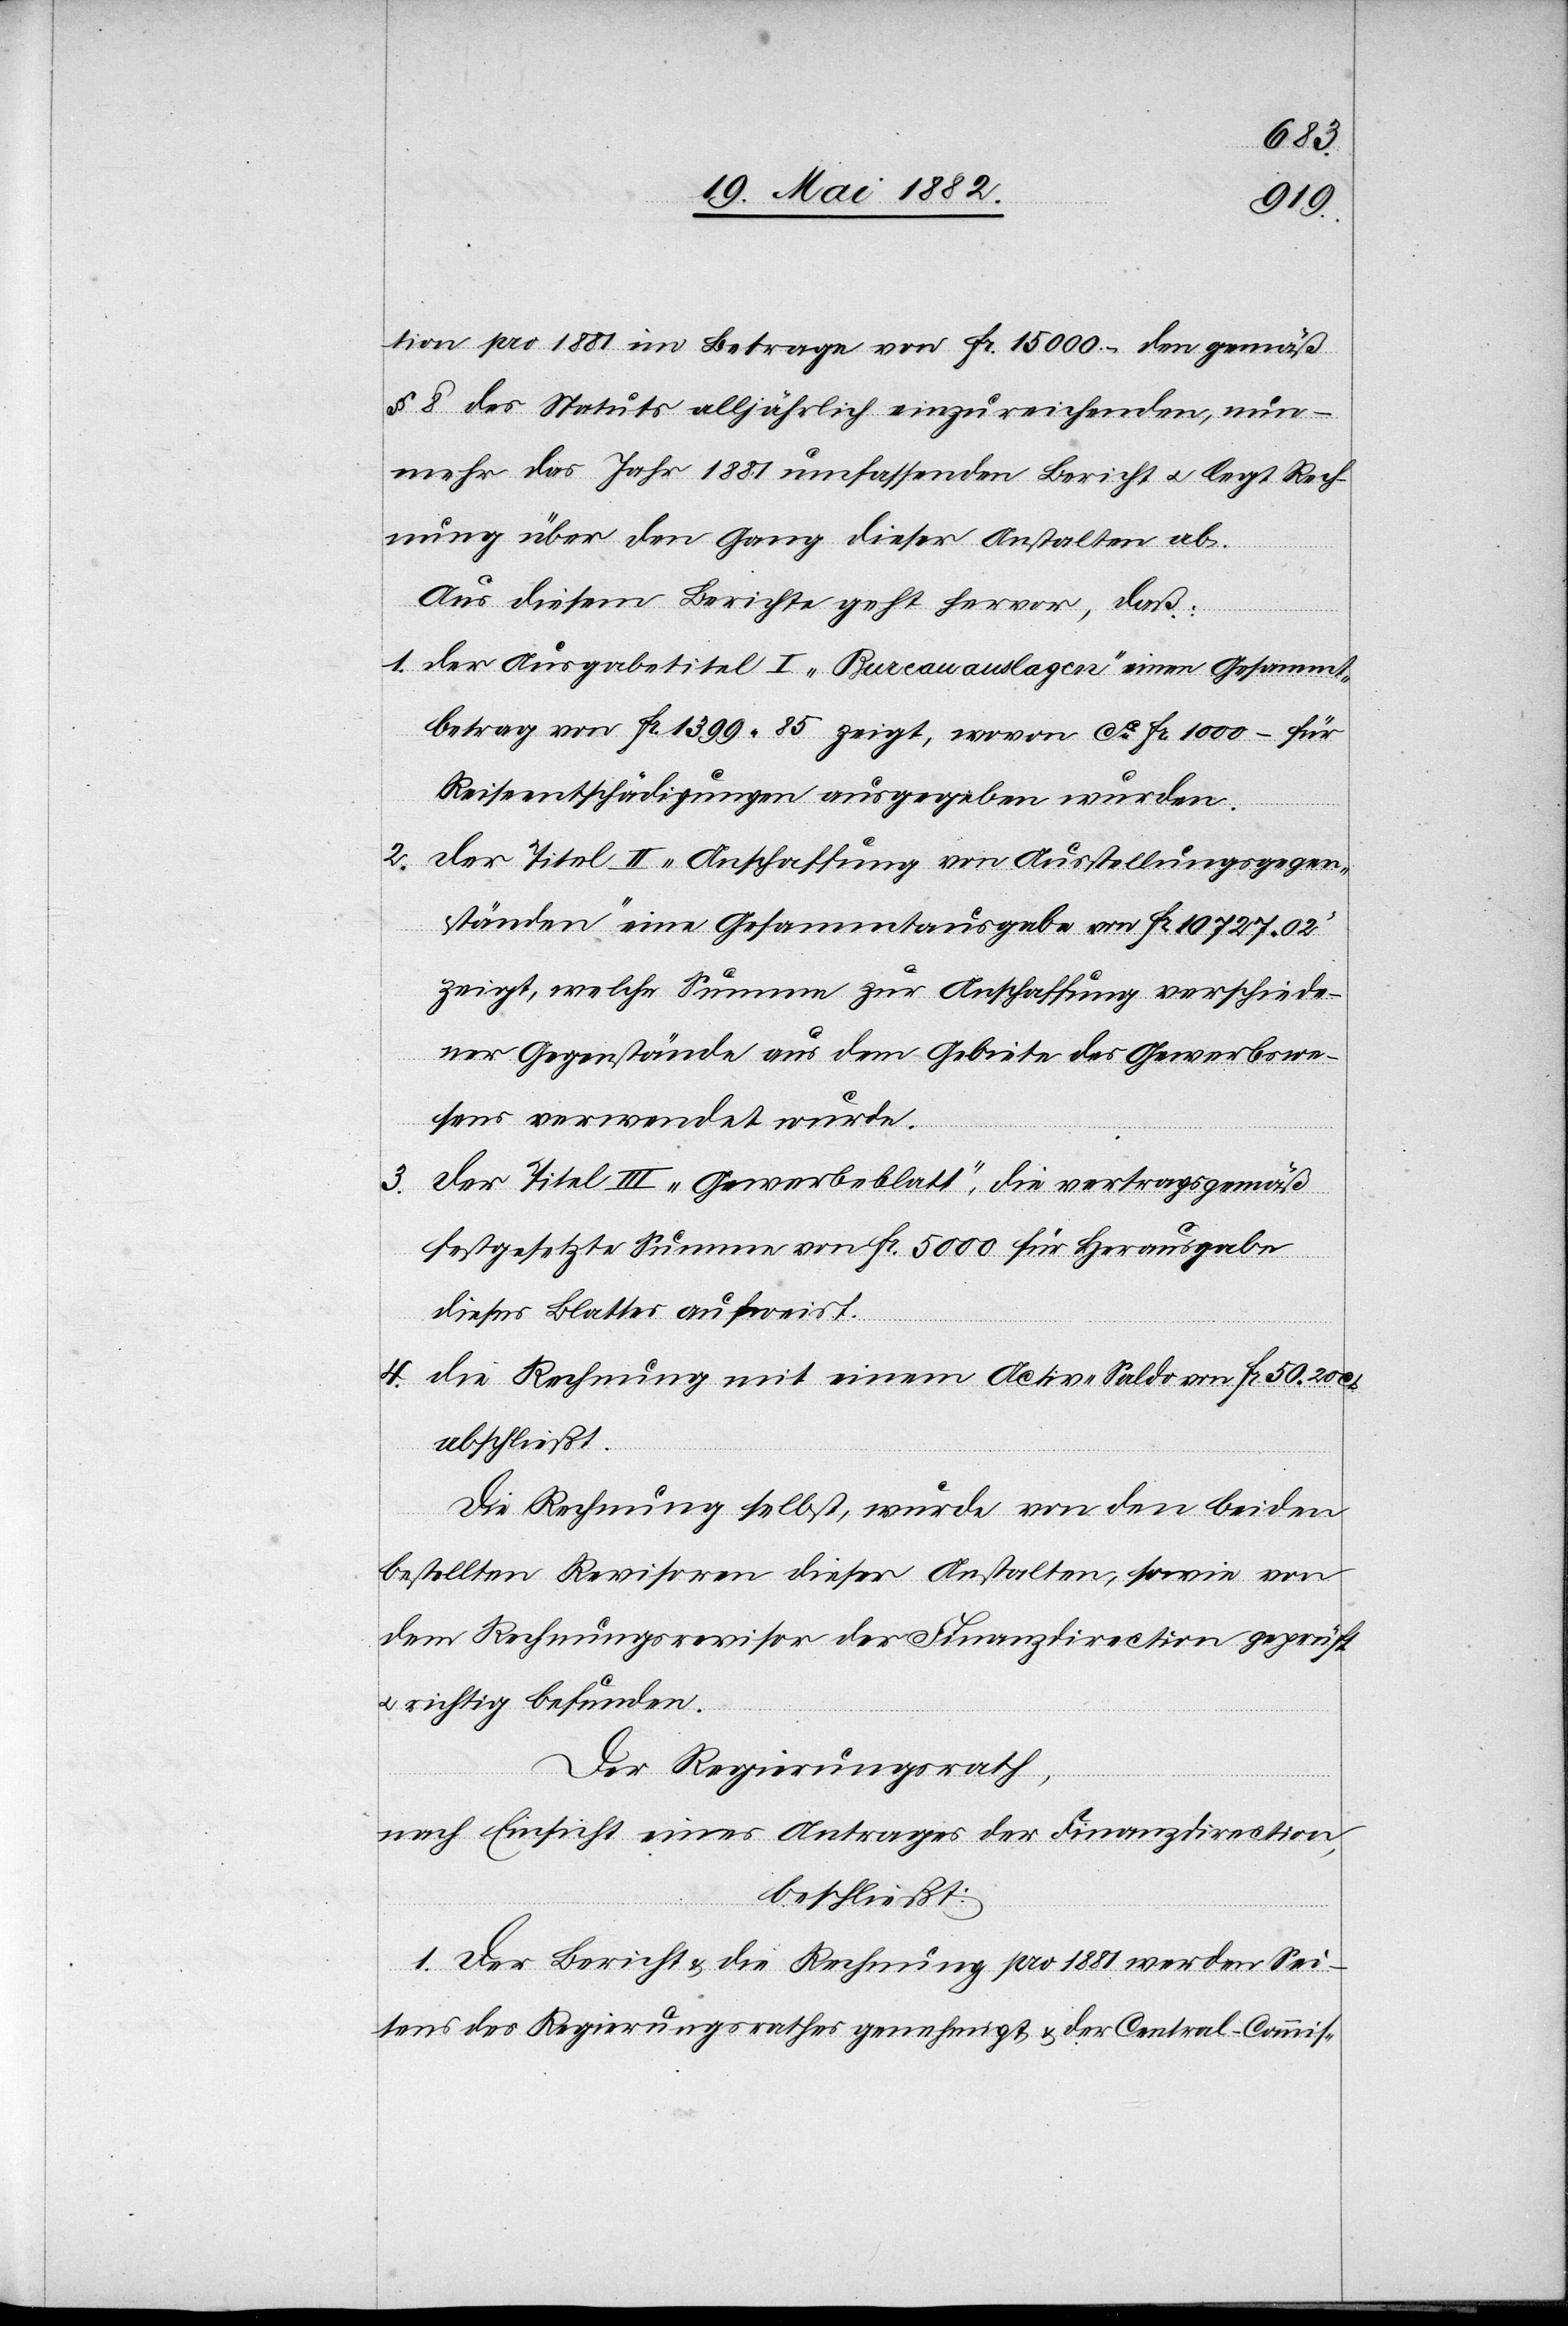
tion pro 1881 im Betrage von Fr. 15 000.– den gemäß
§ 8 des Statuts alljährlich einzureichenden, nun¬
mehr das Jahr 1881 umfassenden Bericht u. legt Rech¬
nung über den Gang dieser Anstalten ab.
Aus diesem Berichte geht hervor, daß:
1. Der Ausgabetitel I „Bureauauslagen“ einen Gesammt¬
betrag von Fr. 1399 85 zeigt, wovon ca Fr. 1000.– für
Reiseentschädigungen ausgegeben wurden.
2. Der Titel II „Anschaffung von Ausstellungsgegen¬
ständen“ eine Gesammtausgabe von Fr. 10 727 02
zeigt, welche Summe zur Anschaffung verschiede¬
ner Gegenstände aus dem Gebiete des Gewerbswe¬
sens verwendet wurde.
3.
Der Titel III „Gewerbeblatt“, die vertragsgemäß
festgesetzte Summe von Fr. 5000 für Herausgabe
dieses Blattes aufweist.
4. Die Rechnung mit einem Activ-Saldo von Fr. 50 20 Cts.
abschließt.
Die Rechnung selbst, wurde von den beiden
bestellten Revisoren dieser Anstalten, sowie von
dem Rechnungsrevisor der Finanzdirection geprüft
richtig befunden.
Der Regierungsrath,
nach Einsicht eines Antrages der Finanzdirection,
beschließt:
1. Der Bericht & die Rechnung pro 1881 werden Sei¬
tens des Regierungsrathes genehmigt & der Central-Commis-